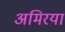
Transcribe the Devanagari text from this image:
अमिरया